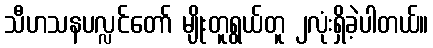
သီဟသနပလ္လင်တော် မျိုးတူရွယ်တူ ၂လုံးရှိခဲ့ပါတယ်။